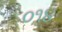
૦૧૪